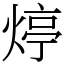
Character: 㷚